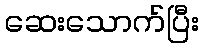
ဆေးသောက်ပြီး